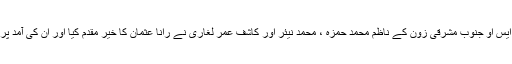
اس موقع پرایم ایس او جنوب مشرقی زون کے ناظم محمد حمزہ ، محمد نیئر اور کاشف عمر لغاری نے رانا عثمان کا خیر مقدم کیا اور ان کی آمد پر شکریہ ادا کیا۔